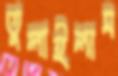
তুলাইলাম